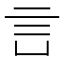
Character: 𧥜